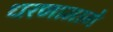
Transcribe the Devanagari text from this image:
धरणामागे